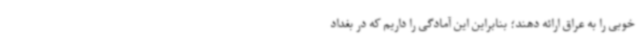
خوبی را به عراق ارائه دهند؛ بنابراین این آمادگی را داریم که در بغداد